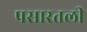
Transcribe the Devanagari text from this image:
पसारतली